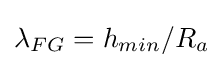
\lambda _{FG}=h_{min}/R_{a}